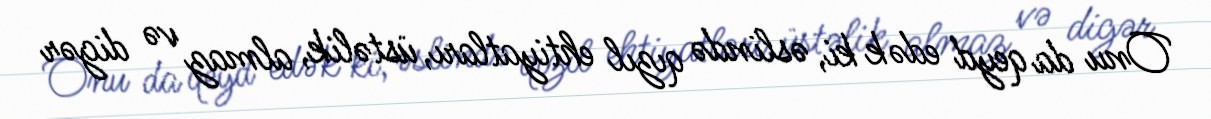
Onu da qeyd edək ki, əslində qızıl ehtiyatları, üstəlik, almaz və digər